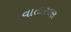
વાતારવણ